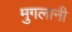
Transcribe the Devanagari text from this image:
मुगलानी